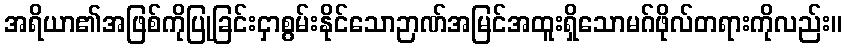
အရိယာ၏အဖြစ်ကိုပြုခြင်းငှာစွမ်းနိုင်သောဉာဏ်အမြင်အထူးရှိသောမဂ်ဖိုလ်တရားကိုလည်း။